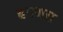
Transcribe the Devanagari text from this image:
बगणन